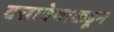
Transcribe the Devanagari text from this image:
दत्तात्रेयाकडून